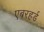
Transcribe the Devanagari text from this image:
एबरहर्ड